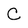
Character: C